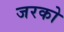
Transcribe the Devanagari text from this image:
जरको